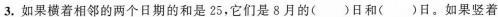
3.如果横着相邻的两个日期的和是25，它们是8月的()日和()日。如果竖着